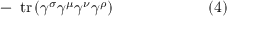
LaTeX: - \ \operatorname { t r } \left( \gamma ^ { \sigma } \gamma ^ { \mu } \gamma ^ { \nu } \gamma ^ { \rho } \right) \quad \quad \quad \quad \quad \quad ( 4 )